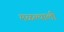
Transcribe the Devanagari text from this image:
मळल्याली